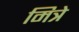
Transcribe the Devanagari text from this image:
मित्रे